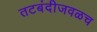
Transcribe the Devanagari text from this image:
तटबंदीजवळच